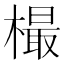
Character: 樶